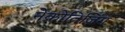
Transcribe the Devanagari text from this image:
नेक्रोतिज़िंग